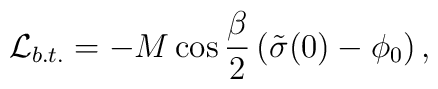
{\cal L}_{b.t.} = -M \cos \frac{\beta}{2} \left( \tilde{\sigma}(0) - \phi_0 \right),